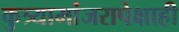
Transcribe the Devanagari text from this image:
कुत्र्यामांजरापेक्षाही